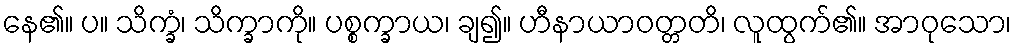
နေ၏။ ပ။ သိက္ခံ၊ သိက္ခာကို။ ပစ္စက္ခာယ၊ ချ၍။ ဟီနာယာဝတ္တတိ၊ လူထွက်၏။ အာဝုသော၊